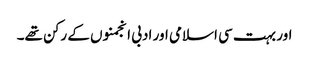
اور بہت سی اسلامی اور ادبی انجمنوں کے رکن تھے۔